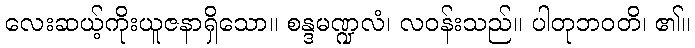
လေးဆယ့်ကိုးယူဇနာရှိသော။ စန္ဒမဏ္ဍလံ၊ လဝန်းသည်။ ပါတုဘဝတိ၊ ၏။